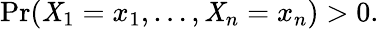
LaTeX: \operatorname*{Pr}(\mathit{X}_{1}=x_{1},\ldots,\mathit{X}_{n}=x_{n})>0.